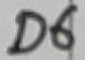
Text: D6